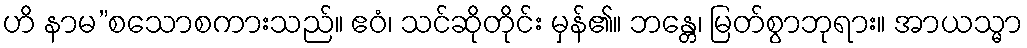
ဟိ နာမ”စသောစကားသည်။ ဧဝံ၊ သင်ဆိုတိုင်း မှန်၏။ ဘန္တေ၊ မြတ်စွာဘုရား။ အာယသ္မာ